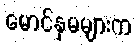
မောင်နှမများက